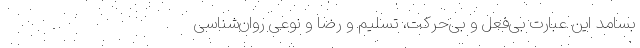
بسامدِ این عبارتِ بی‌فعل و بی‌حرکت، تسلیم و رضا و نوعی روان‌شناسی